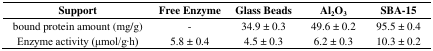
<table><thead><tr><td><b>Support</b></td><td><b>Free Enzyme</b></td><td><b>Glass Beads</b></td><td><b>Al<sub>2</sub>O<sub>3</sub></b></td><td><b>SBA-15</b></td></tr></thead><tbody><tr><td>bound protein amount (mg/g)</td><td>-</td><td>34.9 ± 0.3</td><td>49.6 ± 0.2</td><td>95.5 ± 0.4</td></tr><tr><td>Enzyme activity (μmol/g·h)</td><td>5.8 ± 0.4</td><td>4.5 ± 0.3</td><td>6.2 ± 0.3</td><td>10.3 ± 0.2</td></tr></tbody></table>